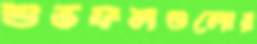
শুভফলগুলোর